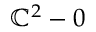
\mathbb { C } ^ { 2 } - 0